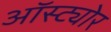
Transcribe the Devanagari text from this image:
ऑस्ट्योर